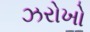
ઝરોખો